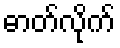
ဓာတ်လိုက်